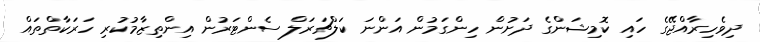
ދިވެހިރާއްޖޭގެ ހައި ކޮމިޝަންގެ ދަށުން ހިންގަމުން އަންނަ ކަލްޗަރަލް ސެންޓަރުން އިންތިޒާމުކުރި ހަރަކާތްތައް